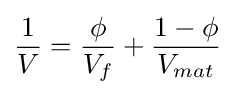
{\frac {1}{V}}={\frac {\phi }{V_{f}}}+{\frac {1-{\phi }}{V_{mat}}}